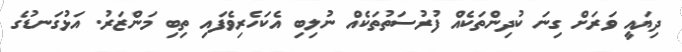
ދިޔައީ ވަރަށް ގިނަ ކުދިންތަކެއް ފުރުސަތުތަކެއް ނުލިބި އެކަހެރިވެފައި ތިބި މަންޒަރު. އަޅުގަނޑުގެ